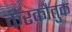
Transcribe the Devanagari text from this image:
करकौतुक